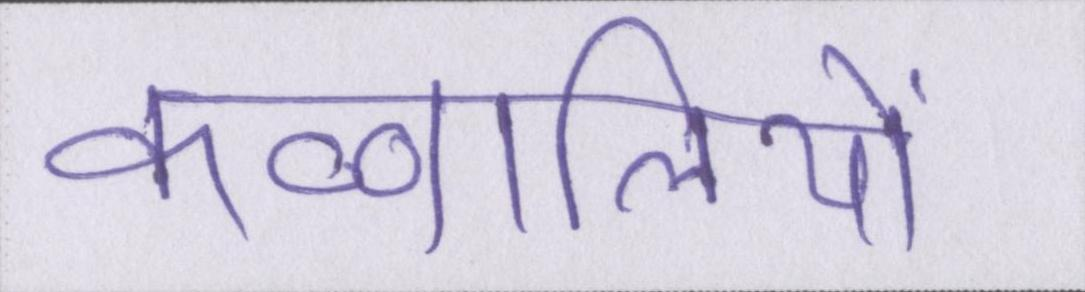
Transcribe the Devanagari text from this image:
कव्वालियों